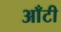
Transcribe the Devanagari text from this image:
आँटी